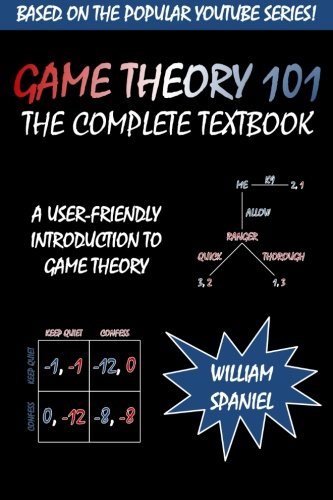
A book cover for Game Theory 101: The Complete Textbook; William Spaniel; Science & Math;